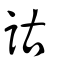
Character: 詁